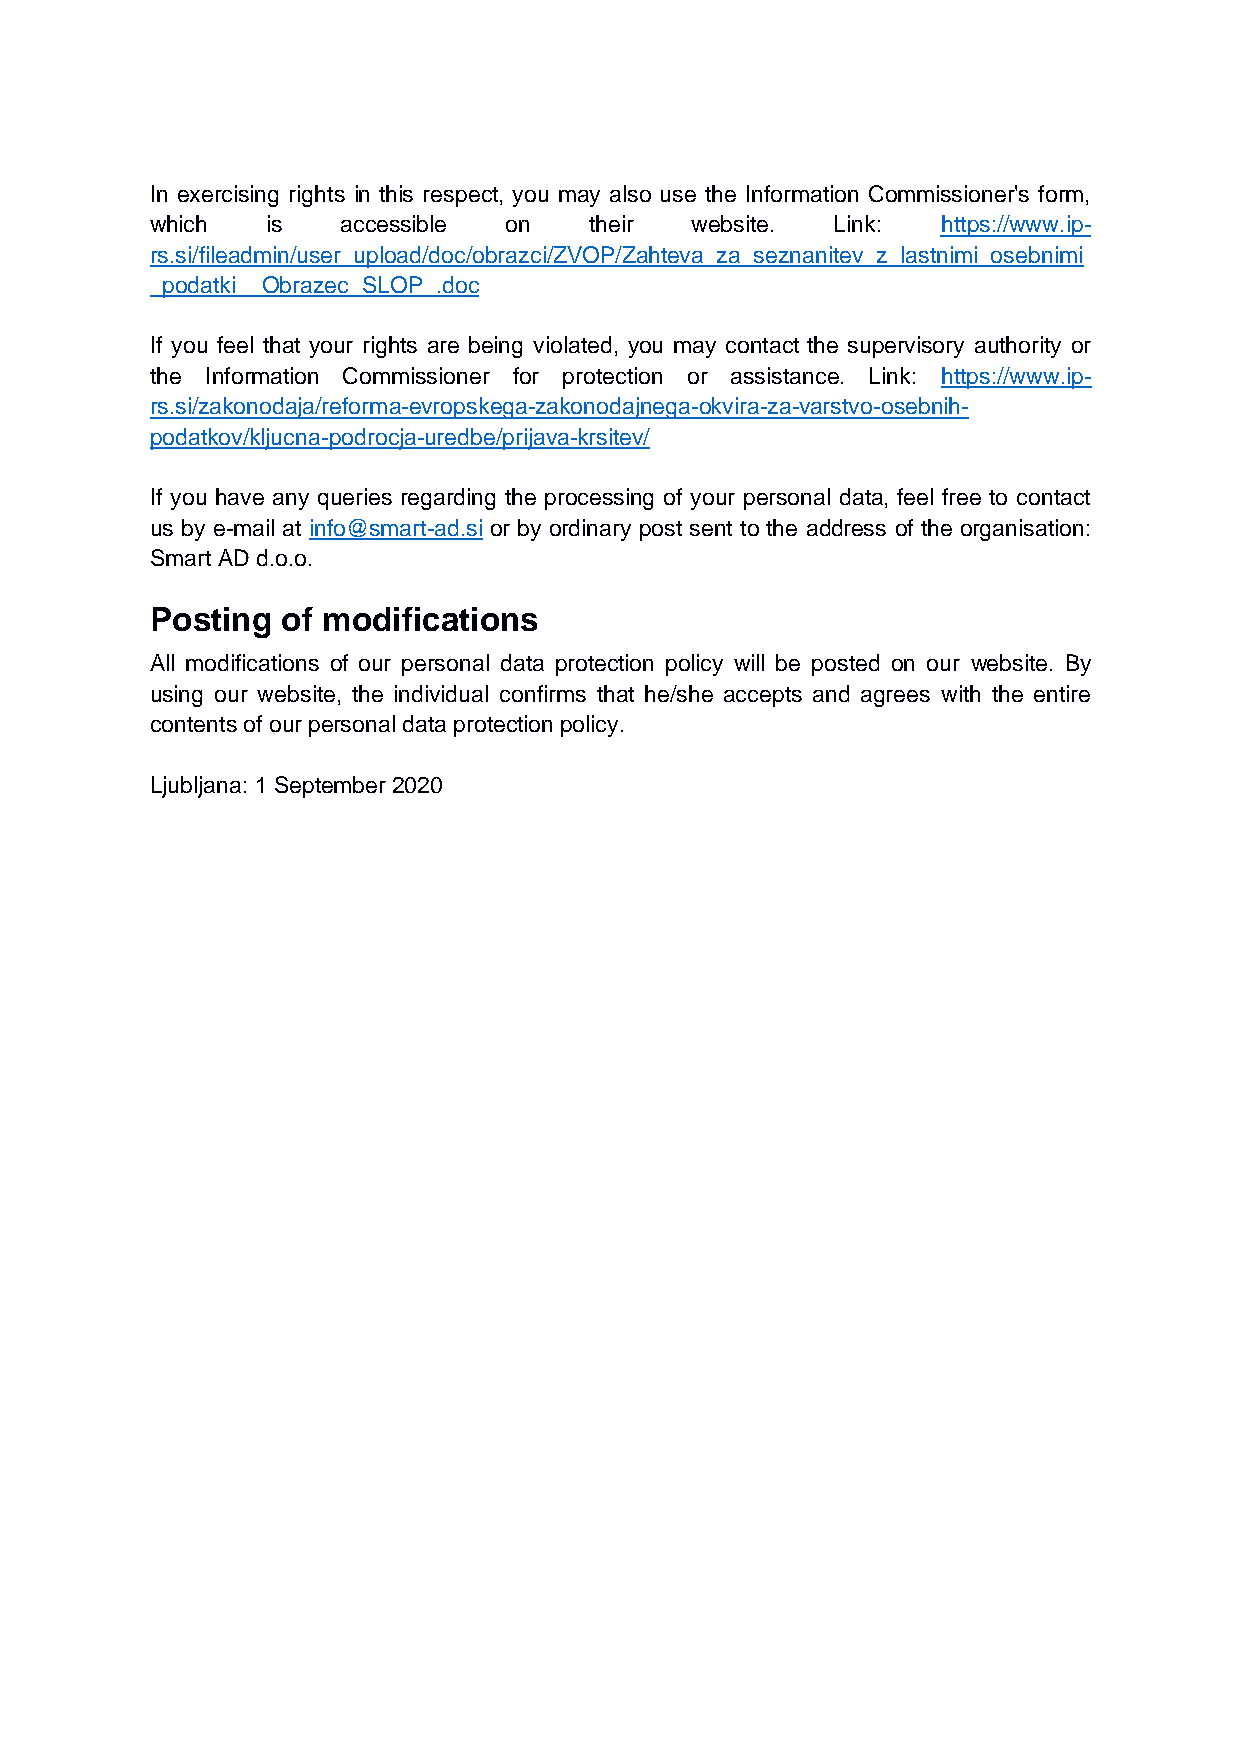
In exercising rights in this respect, you may also use the Information Commissioner's form,
 which   is   accessible on   their  website. Link:  https://www.ip-
 rs.si/fileadmin/user_upload/doc/obrazci/ZVOP/Zahteva_za_seznanitev_z_lastnimi_osebnimi
 _podatki__Obrazec_SLOP_.doc
 If you feel that your rights are being violated, you may contact the supervisory authority or
 the Information Commissioner for protection or assistance. Link: https://www.ip-
 rs.si/zakonodaja/reforma-evropskega-zakonodajnega-okvira-za-varstvo-osebnih-
 podatkov/kljucna-podrocja-uredbe/prijava-krsitev/
 If you have any queries regarding the processing of your personal data, feel free to contact
 us by e-mail at info@smart-ad.si or by ordinary post sent to the address of the organisation:
 Smart AD d.o.o.
 Posting  of modifications
 All modifications of our personal data protection policy will be posted on our website. By
 using our website, the individual confirms that he/she accepts and agrees with the entire
 contents of our personal data protection policy.
 Ljubljana: 1 September 2020